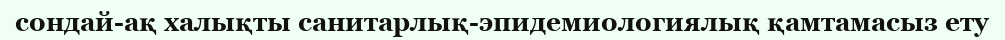
сондай-ақ халықты санитарлық-эпидемиологиялық қамтамасыз ету